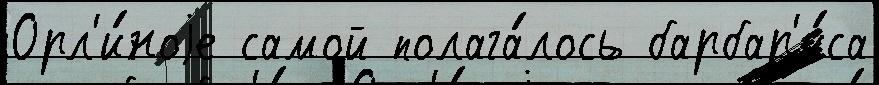
Орл'и́ноjе самой полага́лось барбар'и́са